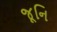
જૂનિ